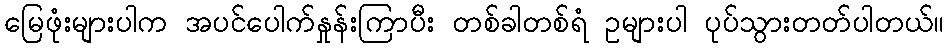
မြေဖုံးများပါက အပင်ပေါက်နှုန်းကြာပီး တစ်ခါတစ်ရံ ဥများပါ ပုပ်သွားတတ်ပါတယ်။